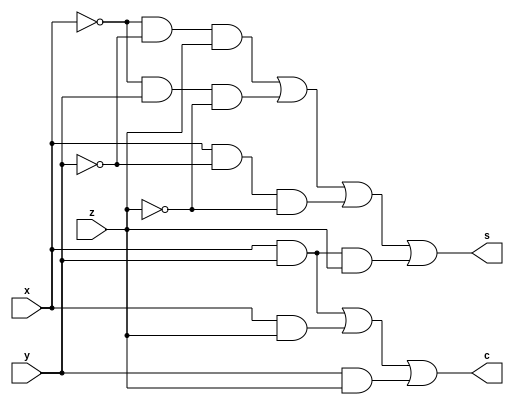
module fulladder(x,y,z,s,c);
	input x,y,z;
	output s,c;
	assign s = (~x & ~y & z) | (~x & y & ~z) | (x & ~y & ~z) | (x & y & z);
	assign c = (x&y) | (x&z) | (y&z);
endmodule

module test();
	reg x,y,z;
	wire s,c;
	fulladder fa(x,y,z,s,c);
	initial 
	begin
		x=0;y=0;z=0;
		#1 x=0;y=0;z=1;
		#1 x=0;y=1;z=0;
		#1 x=0;y=1;z=1;
		#1 x=1;y=0;z=0;
		#1 x=1;y=0;z=1;
		#1 x=1;y=1;z=0;
		#1 x=1;y=1;z=1;
	end
	initial
	begin
		$dumpfile("fulladder.vcd");
		$dumpvars();
		$display("X\t Y\t Z\t S\t C");
		$monitor("%d\t%d\t%d\t%d\t%d",x,y,z,s,c);
	end
endmodule